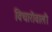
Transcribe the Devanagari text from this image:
विचारोंवाली